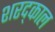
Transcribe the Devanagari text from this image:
शरद्काल